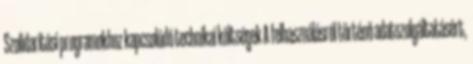
Szolidaritási programokhoz kapcsolódó technikai költségek A felhasználásról történő adatszolgáltatásért,